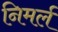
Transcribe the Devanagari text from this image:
निमर्ल